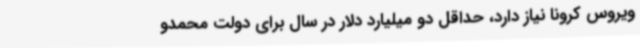
ویروس کرونا نیاز دارد، حداقل دو میلیارد دلار در سال برای دولت محمدو